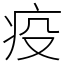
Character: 疫